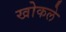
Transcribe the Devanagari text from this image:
खोकले